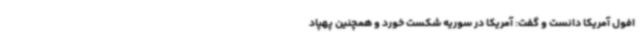
افول آمریکا دانست و گفت: آمریکا در سوریه شکست خورد و همچنین پهپاد